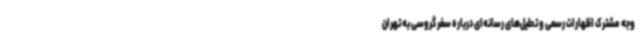
وجه مشترک اظهارات رسمی و تحلیل‌های رسانه‌ای درباره سفر گروسی به تهران